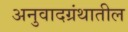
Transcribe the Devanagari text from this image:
अनुवादग्रंथातील